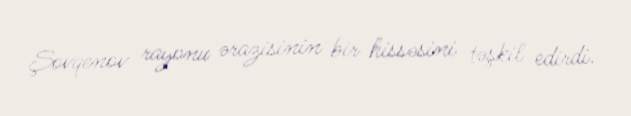
Şovqenov rayonu ərazisinin bir hissəsini təşkil edirdi.